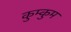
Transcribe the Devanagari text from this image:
कुम्कुम